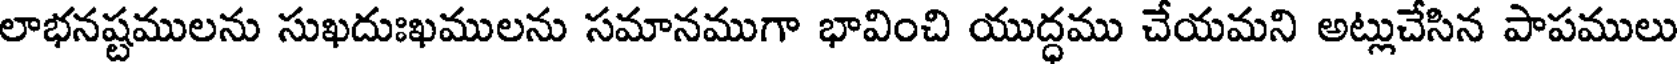
లాభనష్టములను సుఖదుఃఖములను సమానముగా భావించి యుద్ధము చేయమని అట్లుచేసిన పాపములు